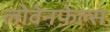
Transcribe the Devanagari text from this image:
लोवेनफ़ेल्स